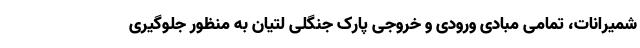
شمیرانات، تمامی مبادی ورودی و خروجی پارک جنگلی لتیان به منظور جلوگیری